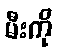
မီးကို